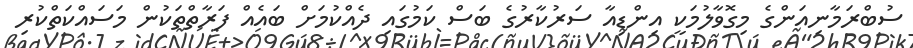
ސުބްރަމާނިއަންގެ މިގޮވާލުމަކީ އިންޑިއާ ސަރުކާރުގެ ބަސް ކަމުގައި ދެއްކުމަށް ބައެއް ފަރާތްތަކުން މަސައްކަތްކުރި